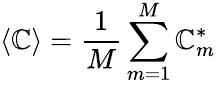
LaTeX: \langle\mathbb{C}\rangle=\frac{{1}}{{M}}\sum_{m=1}^{M}\mathbb{C}_{m}^{*}